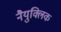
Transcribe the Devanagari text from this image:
नैयुक्लिक